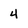
Character: 4